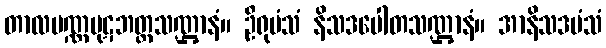
တာလပဏ္ဏပုဋဘတ္တသဏ္ဌာနံ။ ဦရုမံသံ နိသဒပေါတသဏ္ဌာနံ။ အာနိသဒမံသံ